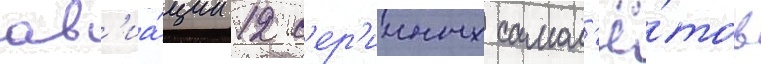
ав'иа́ции 12 с'ер'ииных самол'ё́тов